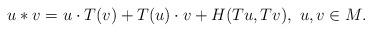
LaTeX: \begin{align*}u * v = u \cdot T(v) + T(u) \cdot v + H (Tu, Tv),~ u, v \in M.\end{align*}